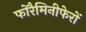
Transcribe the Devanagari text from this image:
फोरैमिनीफेरों